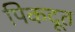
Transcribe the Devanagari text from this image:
पिकदूत